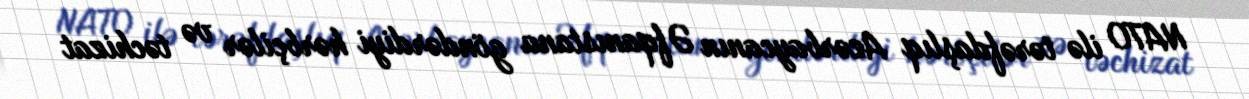
NATO ilə tərəfdaşlıq Azərbaycanın Əfqanıstana göndərdiyi hərbçilər və təchizat